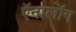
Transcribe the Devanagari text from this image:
ऍनालॉग